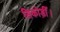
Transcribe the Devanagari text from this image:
सिकोड़ीं।